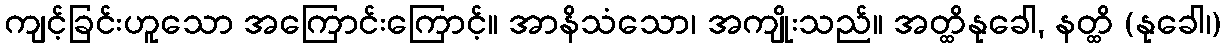
ကျင့်ခြင်းဟူသော အကြောင်းကြောင့်။ အာနိသံသော၊ အကျိုးသည်။ အတ္ထိနုခေါ, နတ္ထိ (နုခေါ၊)